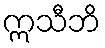
ဣသီဘိ